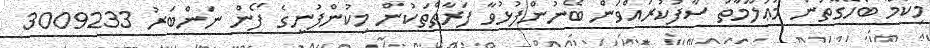
މިކަމާ ބެހޭގޮތުން މަޢުލޫމާތު ސާފުކުރައްވަން ބޭނުންފުޅުވާ ފަރާތްތަކުން މިކުންފުނީގެ ފޯން ނަންބަރު 3009233